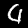
Digit: 4